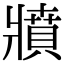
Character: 𤖘